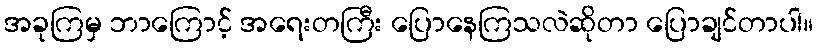
အခုကြမှ ဘာကြောင့် အရေးတကြီး ပြောနေကြသလဲဆိုတာ ပြောချင်တာပါ။